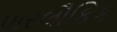
પારલૌકિક